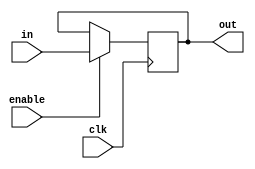
module reg16 (input clk, input [15:0] in,input enable, output reg [15:0] out=0);

always @ (posedge clk)
begin
if (enable)
begin
out<=in;
end
else out<=out;
end

endmodule